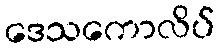
ဒေသကောလိပ်